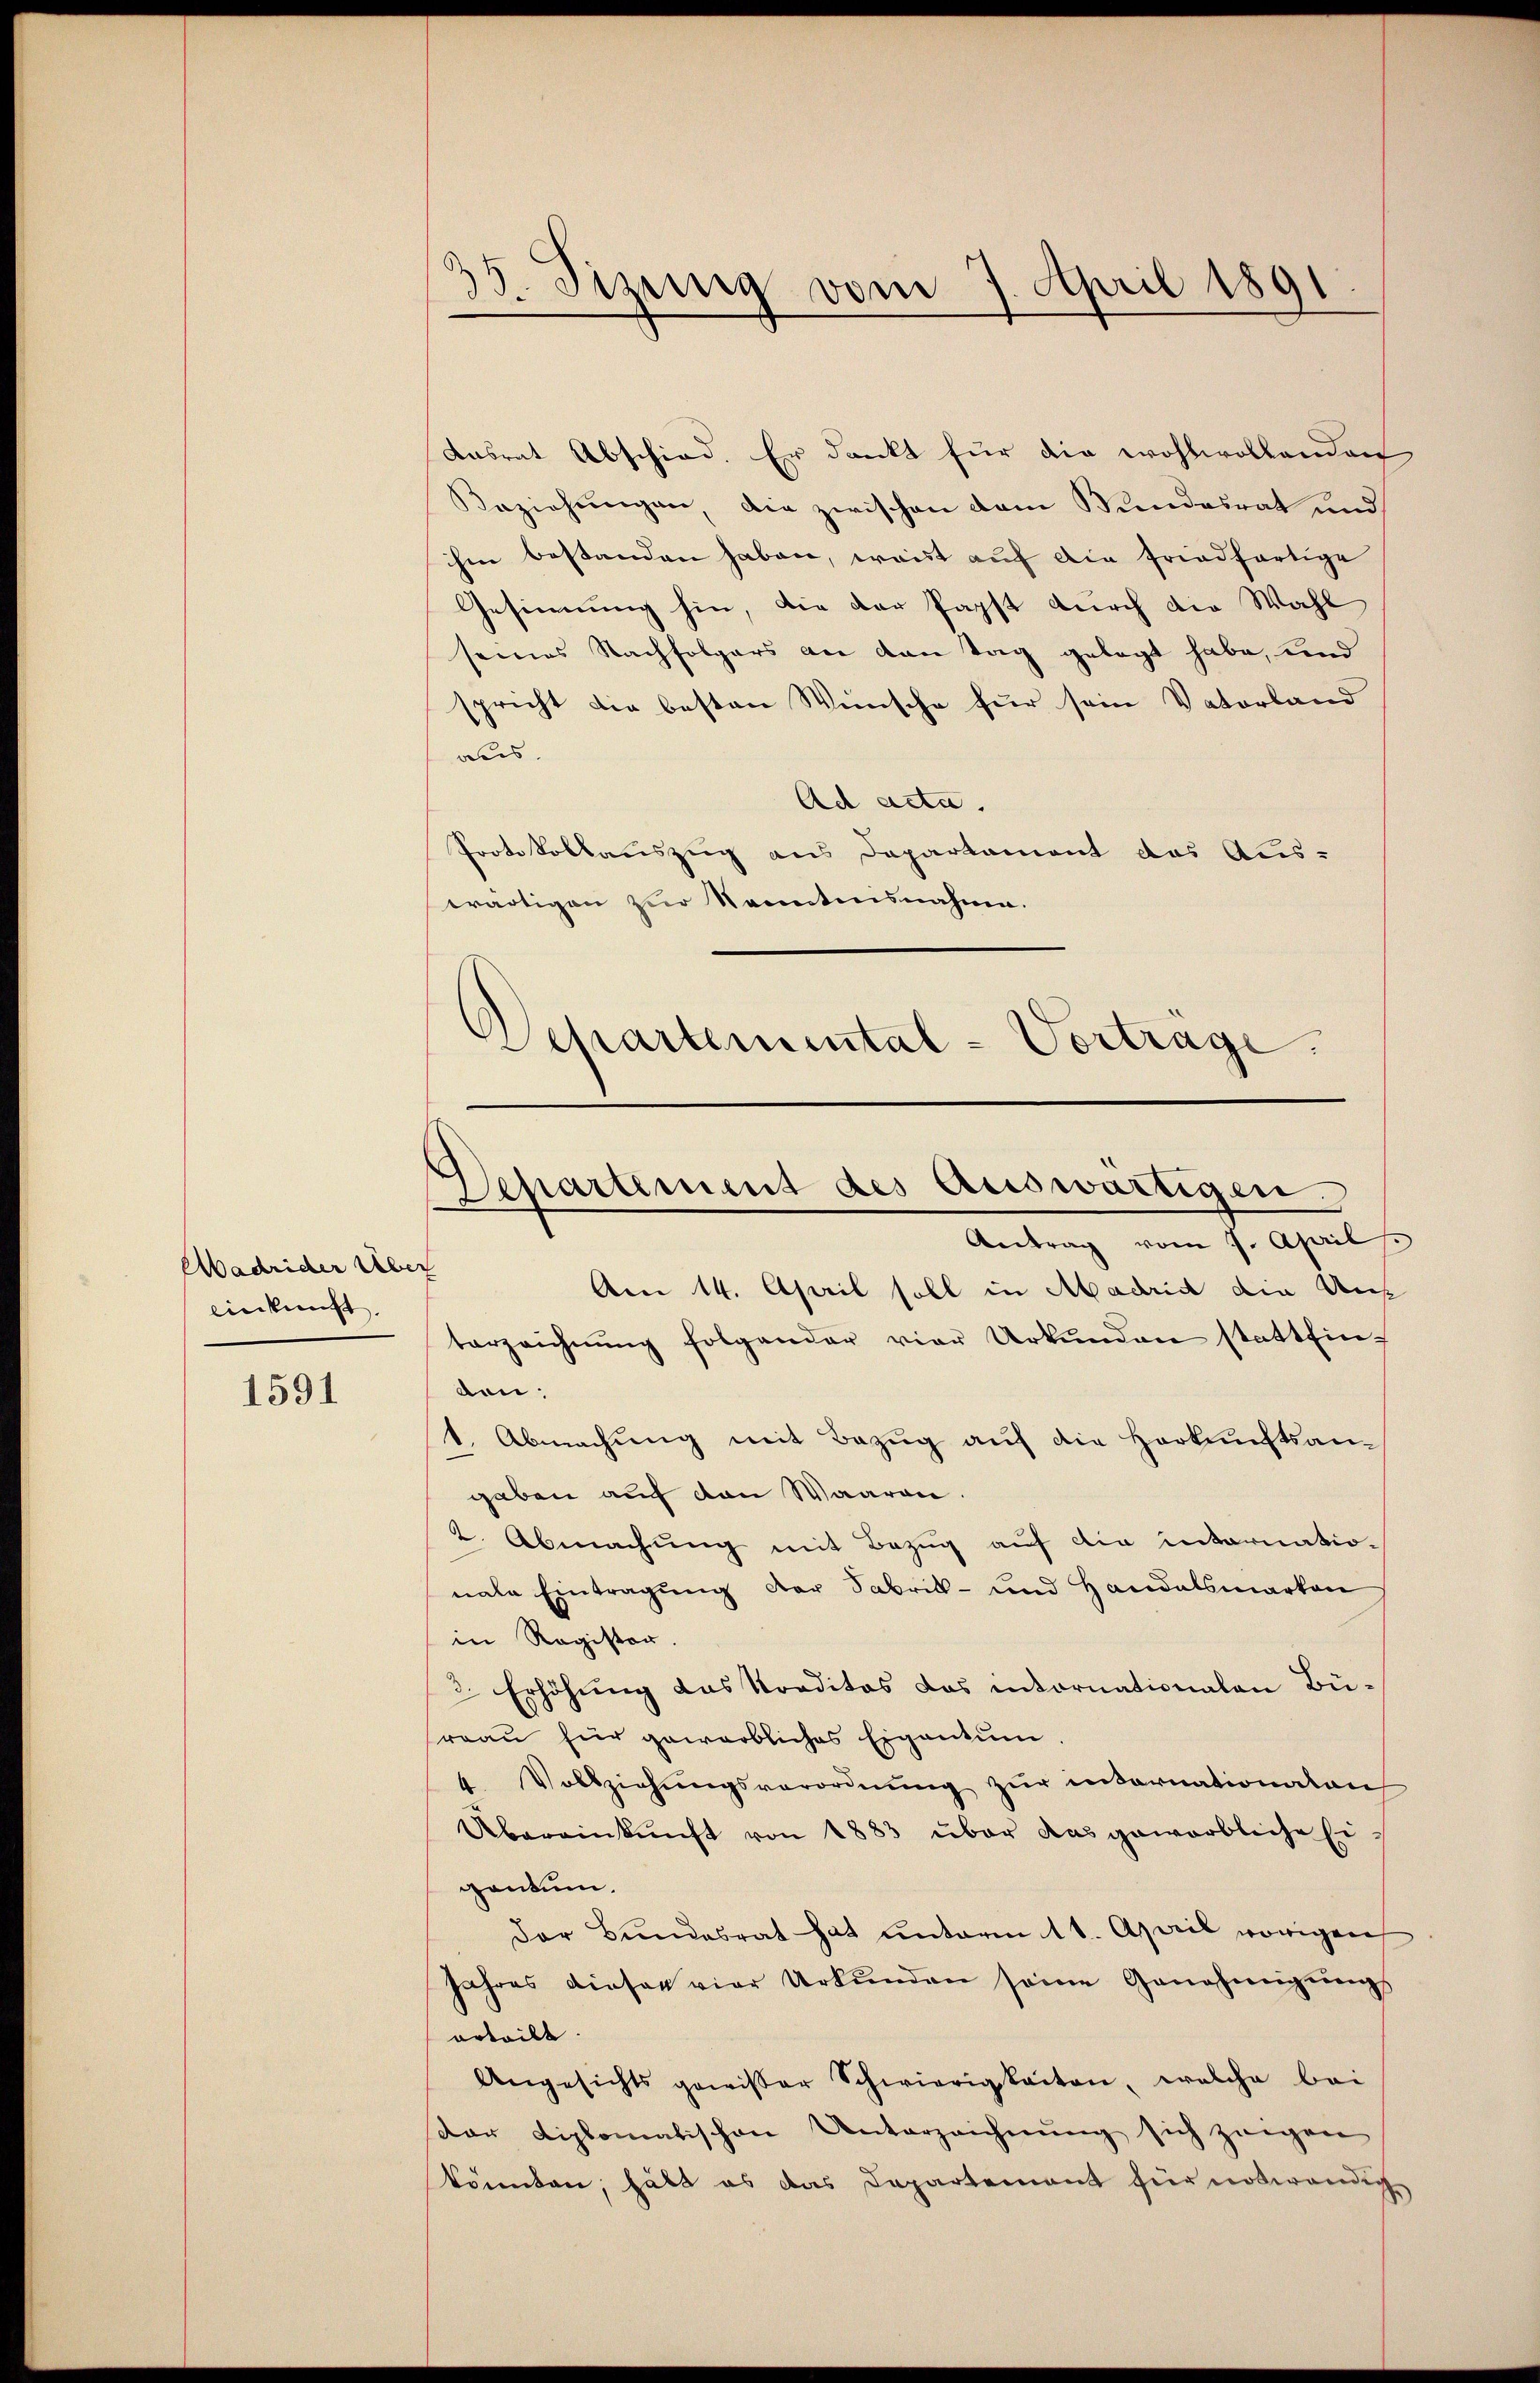
Madrider Übe
einkunft

1591

35. Dizung vom 7. April 1891

Ansrat Abschied. Er dankt für die wohlwollenden
Beziehŭngen, die zwischen dem Bundesrat und
hm bestanden haben, weist auf die friedfertige
Gesinnung hin, die der Papst durch die Wahl
seines Nachfolgers an den Tag gelegt habe, und
spricht die besten Wünsche für sein Vaterland
aus.
Ad acta.
Protokollauszug aus Departament das Aus-
wärtigen zur Kenntnisnahme.

Departemental-Vorträge.

Departement des Auswärtigen.
Antrag vom 7. April

f
Am 14. April soll in Madrid die Uns
terzeichnŭng folgender vier Urkŭnden stattfinden;
1. Abmachung mit Bezug auf die Herkunftsangaben auch den Waaren.
2. Abmachung mit Bezug auf die internatio-
nahe Eintragung der Sabrik- und Handelsmarken
in Register.
2. Erhöhung das Kreditos das intornationalen Büreau für gewerbliches Eigentum
 Vollziehungsverordnung zur unternationalen
Übereinkunft von 1883 über das geworbliche Eigentum.
der Bundesrat hat unterm 11. April vorigen
Jahres dieser vier Urkŭnden seine Genehmigŭngs
orteilt.
Angesichts gewisser Schwierigkeiten, welche bei
dar Diplomatischen Unterzeichnung sich zeigen
könnten, hatt es das Departenant für notwendig